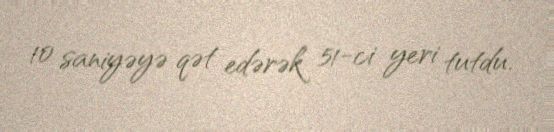
10 saniyəyə qət edərək 51-ci yeri tutdu.